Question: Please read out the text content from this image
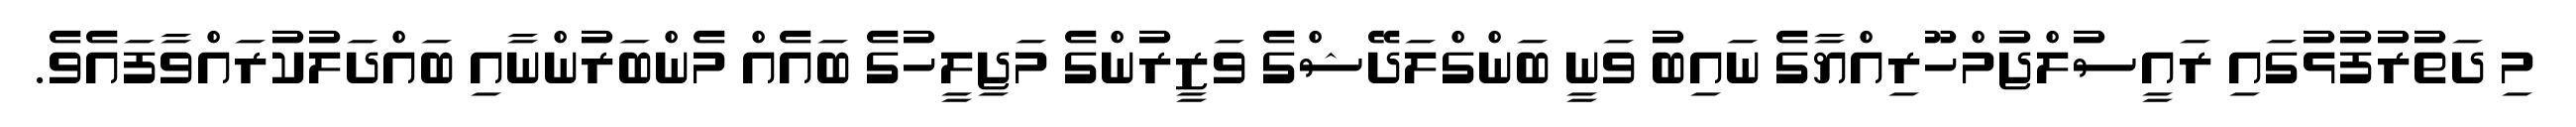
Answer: މި ދަތުރުފުޅުގައި ރައީސުލްޖުމްހޫރިއްޔާގެ ނައިބު ވަނީ ބަންގްލަދޭޝްގެ ވަޒީރުންގެ މަޖިލީހުގެ ބައެއް މެންބަރުންނާއި ބައްދަލުކުރައްވާފައެވެ.